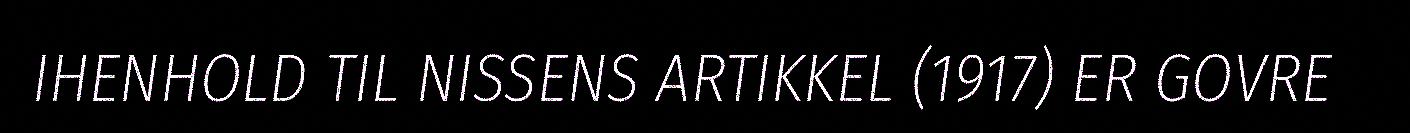
IHENHOLD TIL NISSENS ARTIKKEL (1917) ER GOVRE